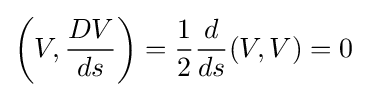
\left(V,{\frac {DV}{ds}}\right)={\frac {1}{2}}{\frac {d}{ds}}(V,V)=0\